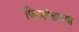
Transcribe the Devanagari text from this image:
फिनलंडाच्या